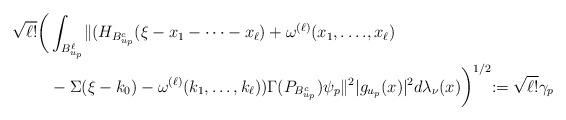
LaTeX: \begin{align*}\sqrt{\ell!} \biggl( &\int_{B_{u_p}^{\ell}}\lVert (H_{B_{u_p}^c}(\xi-x_1-\dots-x_\ell)+\omega^{(\ell)}(x_1,\dots.,x_\ell)\\&-\Sigma(\xi-k_0) -\omega^{(\ell)}(k_1,\dots,k_\ell) )\Gamma(P_{B_{u_p}^c})\psi_p \lVert^2 \lvert g_{u_p}(x)\lvert^2d\lambda_\nu(x)\biggl )^{1/2}:=\sqrt{\ell!} \gamma_p\end{align*}